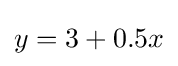
{\textstyle y=3+0.5x}